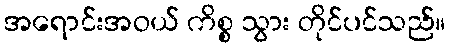
အရောင်းအဝယ် ကိစ္စ သွား တိုင်ပင်သည်။